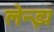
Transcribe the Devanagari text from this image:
लेन्झ